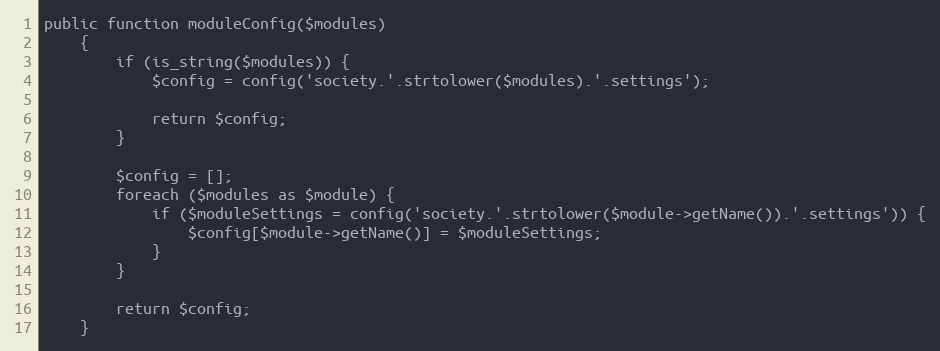
Language: PHP
public function moduleConfig($modules)
    {
        if (is_string($modules)) {
            $config = config('society.'.strtolower($modules).'.settings');

            return $config;
        }

        $config = [];
        foreach ($modules as $module) {
            if ($moduleSettings = config('society.'.strtolower($module->getName()).'.settings')) {
                $config[$module->getName()] = $moduleSettings;
            }
        }

        return $config;
    }